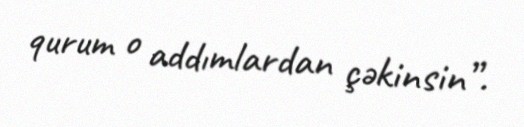
qurum o addımlardan çəkinsin”.